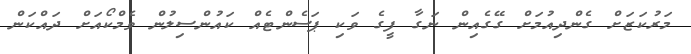
މަރުކަޒަށް ގެންދިއުމަށް ގޭގެއިން ނަގާ ފީގެ ވަކި ޕަސެންޓެއް ކައުންސިލުން ވެމްކޯއަށް ދައްކަން